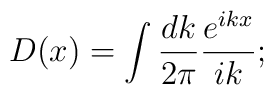
D(x)=\int\frac{dk}{2\pi}\frac{e^{ikx}}{ik};